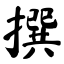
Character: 撰